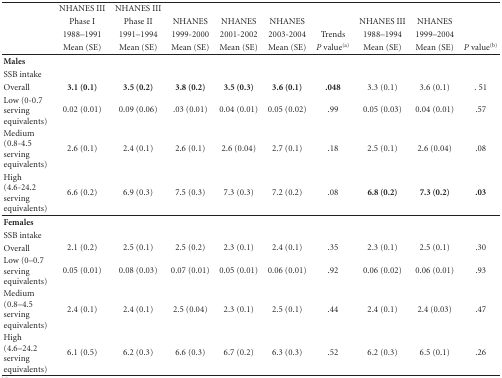
<table><thead><tr><td></td><td><b>NHANES III</b></td><td><b>NHANES III</b></td><td></td><td></td><td></td><td></td><td></td><td></td><td></td></tr><tr><td></td><td><b>Phase I</b></td><td><b>Phase II</b></td><td><b>NHANES</b></td><td><b>NHANES</b></td><td><b>NHANES</b></td><td></td><td><b>NHANES III</b></td><td><b>NHANES</b></td><td></td></tr><tr><td></td><td><b>1988–1991</b></td><td><b>1991–1994</b></td><td><b>1999-2000</b></td><td><b>2001-2002</b></td><td><b>2003-2004</b></td><td><b>Trends</b></td><td><b>1988–1994</b></td><td><b>1999–2004</b></td><td></td></tr><tr><td></td><td><b>Mean (SE)</b></td><td><b>Mean (SE)</b></td><td><b>Mean (SE)</b></td><td><b>Mean (SE)</b></td><td><b>Mean (SE)</b></td><td><b><i>P</i> value<sup>(a)</sup></b></td><td><b>Mean (SE)</b></td><td><b>Mean (SE)</b></td><td><b><i>P</i> value<sup>(b)</sup></b></td></tr></thead><tbody><tr><td><b>Males</b></td><td></td><td></td><td></td><td></td><td></td><td></td><td></td><td></td><td></td></tr><tr><td>SSB intake</td><td></td><td></td><td></td><td></td><td></td><td></td><td></td><td></td><td></td></tr><tr><td> Overall</td><td><b>3.1 (0.1)</b></td><td><b>3.5 (0.2)</b></td><td><b>3.8 (0.2)</b></td><td><b>3.5 (0.3)</b></td><td><b>3.6 (0.1)</b></td><td><b>.048</b></td><td>3.3 (0.1)</td><td>3.6 (0.1)</td><td>. 51</td></tr><tr><td> Low (0-0.7 serving equivalents)</td><td>0.02 (0.01)</td><td>0.09 (0.06)</td><td>.03 (0.01)</td><td>0.04 (0.01)</td><td>0.05 (0.02)</td><td>.99</td><td>0.05 (0.03)</td><td>0.04 (0.01)</td><td>.57</td></tr><tr><td> Medium (0.8-4.5 serving equivalents)</td><td>2.6 (0.1)</td><td>2.4 (0.1)</td><td>2.6 (0.1)</td><td>2.6 (0.04)</td><td>2.7 (0.1)</td><td>.18</td><td>2.5 (0.1)</td><td>2.6 (0.04)</td><td>.08</td></tr><tr><td> High (4.6-24.2 serving equivalents)</td><td>6.6 (0.2)</td><td>6.9 (0.3)</td><td>7.5 (0.3)</td><td>7.3 (0.3)</td><td>7.2 (0.2)</td><td>.08</td><td><b>6.8 (0.2)</b></td><td><b>7.3 (0.2)</b></td><td><b>.03 </b><sup>?&gt;</sup></td></tr><tr><td><b>Females</b></td><td></td><td></td><td></td><td></td><td></td><td></td><td></td><td></td><td></td></tr><tr><td>SSB intake</td><td></td><td></td><td></td><td></td><td></td><td></td><td></td><td></td><td></td></tr><tr><td> Overall</td><td>2.1 (0.2)</td><td>2.5 (0.1)</td><td>2.5 (0.2)</td><td>2.3 (0.1)</td><td>2.4 (0.1)</td><td>.35</td><td>2.3 (0.1)</td><td>2.5 (0.1)</td><td>.30</td></tr><tr><td> Low (0–0.7 serving equivalents)</td><td>0.05 (0.01)</td><td>0.08 (0.03)</td><td>0.07 (0.01)</td><td>0.05 (0.01)</td><td>0.06 (0.01)</td><td>.92</td><td>0.06 (0.02)</td><td>0.06 (0.01)</td><td>.93</td></tr><tr><td> Medium (0.8–4.5 serving equivalents)</td><td>2.4 (0.1)</td><td>2.4 (0.1)</td><td>2.5 (0.04)</td><td>2.3 (0.1)</td><td>2.5 (0.1)</td><td>.44</td><td>2.4 (0.1)</td><td>2.4 (0.03)</td><td>.47</td></tr><tr><td> High (4.6–24.2 serving equivalents)</td><td>6.1 (0.5)</td><td>6.2 (0.3)</td><td>6.6 (0.3)</td><td>6.7 (0.2)</td><td>6.3 (0.3)</td><td>.52</td><td>6.2 (0.3)</td><td>6.5 (0.1)</td><td>.26</td></tr></tbody></table>